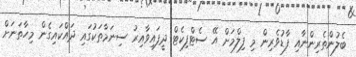
ބެލުންތެރިންނާއި ފާޑުވެރިން މި ފިލްމަށް އޭ ސެޓްފިކެޓް ދީފައިވާއިރު ސިނަމާތަކުގައި ދައްކައިގެން މިހާތަނަށް